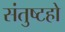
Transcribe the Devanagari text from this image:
संतुष्टहो